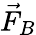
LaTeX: \vec{F}_{B}